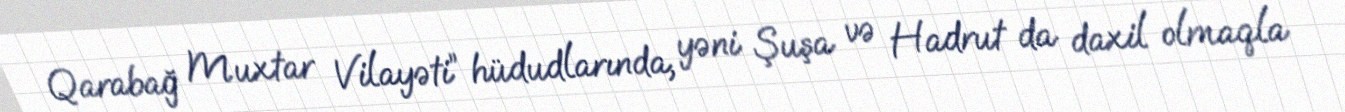
Qarabağ Muxtar Vilayəti” hüdudlarında, yəni Şuşa və Hadrut da daxil olmaqla